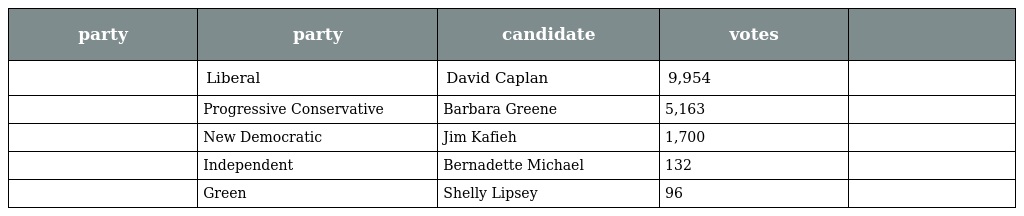
| party | party | candidate | votes |  |
 | --- | --- | --- | --- | --- |
 |  | Liberal | David Caplan | 9,954 |  |
 |  | Progressive Conservative | Barbara Greene | 5,163 |  |
 |  | New Democratic | Jim Kafieh | 1,700 |  |
 |  | Independent | Bernadette Michael | 132 |  |
 |  | Green | Shelly Lipsey | 96 |  |